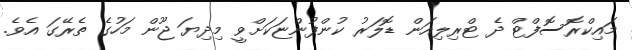
މައިކްރޮސޮފްޓް ދެ ޓްރިލިއަން ޑޮލަރު ކުންފުންޏަކަށްވީ މިދިޔަ ޖޫން މަހުގެ ތެރޭގަ އެވެ.